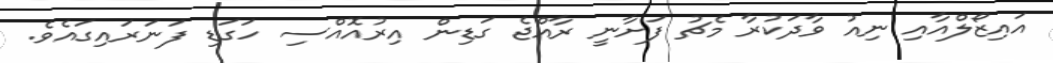
އައިޒޯލްއާއި ނިއު ވާދަކުރާ މެޗު ފަށާނީ ރާއްޖެ ގަޑިން އިރުއޮއްސި ހަގަޑި ފަނަރައިގައެވެ.